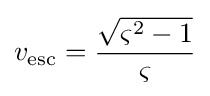
v_{\rm {esc}}={\frac {\sqrt {\varsigma ^{2}-1}}{\varsigma }}